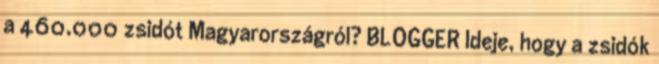
a 460.000 zsidót Magyarországról? BLOGGER Ideje, hogy a zsidók